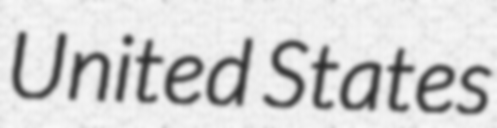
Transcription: United States